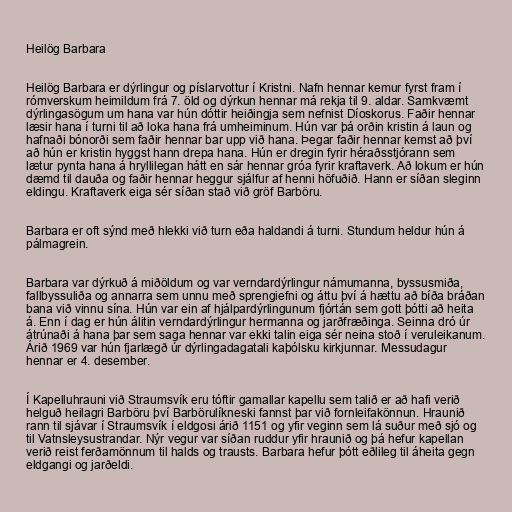
Heilög Barbara

Heilög Barbara er dýrlingur og píslarvottur í Kristni. Nafn hennar kemur fyrst fram í
rómverskum heimildum frá 7. öld og dýrkun hennar má rekja til 9. aldar. Samkvæmt
dýrlingasögum um hana var hún dóttir heiðingja sem nefnist Díoskorus. Faðir hennar
læsir hana í turni til að loka hana frá umheiminum. Hún var þá orðin kristin á laun og
hafnaði bónorði sem faðir hennar bar upp við hana. Þegar faðir hennar kemst að því
að hún er kristin hyggst hann drepa hana. Hún er dregin fyrir héraðsstjórann sem
lætur pynta hana á hryllilegan hátt en sár hennar gróa fyrir kraftaverk. Að lokum er hún
dæmd til dauða og faðir hennar heggur sjálfur af henni höfuðið. Hann er síðan sleginn
eldingu. Kraftaverk eiga sér síðan stað við gröf Barböru.

Barbara er oft sýnd með hlekki við turn eða haldandi á turni. Stundum heldur hún á
pálmagrein.

Barbara var dýrkuð á miðöldum og var verndardýrlingur námumanna, byssusmiða,
fallbyssuliða og annarra sem unnu með sprengiefni og áttu því á hættu að bíða bráðan
bana við vinnu sína. Hún var ein af hjálpardýrlingunum fjórtán sem gott þótti að heita
á. Enn í dag er hún álitin verndardýrlingur hermanna og jarðfræðinga. Seinna dró úr
átrúnaði á hana þar sem saga hennar var ekki talin eiga sér neina stoð í veruleikanum.
Árið 1969 var hún fjarlægð úr dýrlingadagatali kaþólsku kirkjunnar. Messudagur
hennar er 4. desember.

Í Kapelluhrauni við Straumsvík eru tóftir gamallar kapellu sem talið er að hafi verið
helguð heilagri Barböru því Barbörulíkneski fannst þar við fornleifakönnun. Hraunið
rann til sjávar í Straumsvík í eldgosi árið 1151 og yfir veginn sem lá suður með sjó og
til Vatnsleysustrandar. Nýr vegur var síðan ruddur yfir hraunið og þá hefur kapellan
verið reist ferðamönnum til halds og trausts. Barbara hefur þótt eðlileg til áheita gegn
eldgangi og jarðeldi.